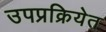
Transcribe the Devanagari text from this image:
उपप्रक्रियेत